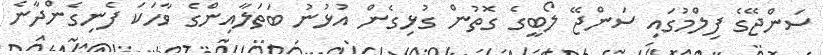
ސަންޖޭގެ ފިލްމުގައި ސަންޖޭ ލޯބީގެ ގޮތުން ގުޅިގެން އުޅުނު ބަތަލާއިންގެ ވާހަކަ ފެނިގެންދާނެ